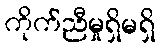
ကိုက်ညီမှုရှိမရှိ